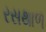
રસથાળ